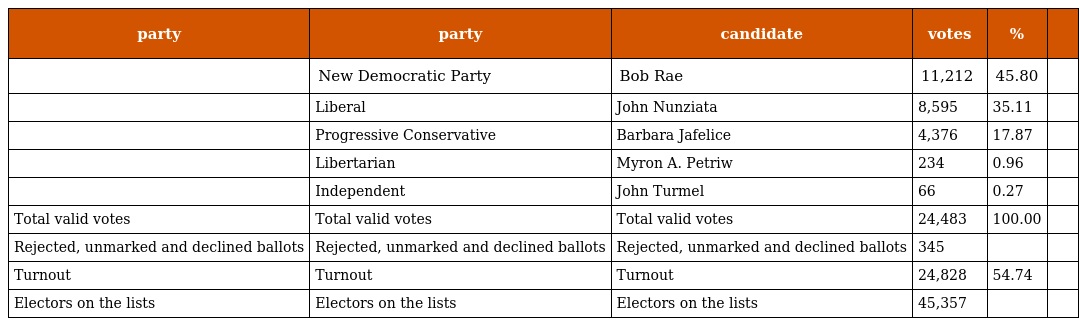
| party | party | candidate | votes | % |  |
 | --- | --- | --- | --- | --- | --- |
 |  | New Democratic Party | Bob Rae | 11,212 | 45.80 |  |
 |  | Liberal | John Nunziata | 8,595 | 35.11 |  |
 |  | Progressive Conservative | Barbara Jafelice | 4,376 | 17.87 |  |
 |  | Libertarian | Myron A. Petriw | 234 | 0.96 |  |
 |  | Independent | John Turmel | 66 | 0.27 |  |
 | Total valid votes | Total valid votes | Total valid votes | 24,483 | 100.00 |  |
 | Rejected, unmarked and declined ballots | Rejected, unmarked and declined ballots | Rejected, unmarked and declined ballots | 345 |  |  |
 | Turnout | Turnout | Turnout | 24,828 | 54.74 |  |
 | Electors on the lists | Electors on the lists | Electors on the lists | 45,357 |  |  |